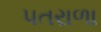
પતરાળા